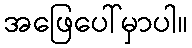
အဖြေပေါ်မှာပါ။